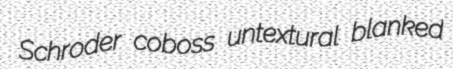
Schroder coboss untextural blanked